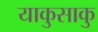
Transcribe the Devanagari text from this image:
याकुसाकु